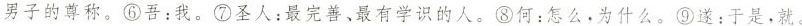
男子的尊称。⑥吾：我。⑦圣人：最完善、最有学识的人。⑧何：怎么，为什么。⑨遂：于是，就。